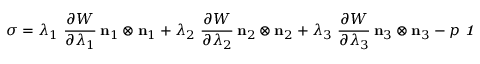
{ \boldsymbol { \sigma } } = \lambda _ { 1 } ~ { \cfrac { \partial W } { \partial \lambda _ { 1 } } } ~ \mathbf { n } _ { 1 } \otimes \mathbf { n } _ { 1 } + \lambda _ { 2 } ~ { \cfrac { \partial W } { \partial \lambda _ { 2 } } } ~ \mathbf { n } _ { 2 } \otimes \mathbf { n } _ { 2 } + \lambda _ { 3 } ~ { \cfrac { \partial W } { \partial \lambda _ { 3 } } } ~ \mathbf { n } _ { 3 } \otimes \mathbf { n } _ { 3 } - p ~ { \boldsymbol { \mathit { 1 } } }